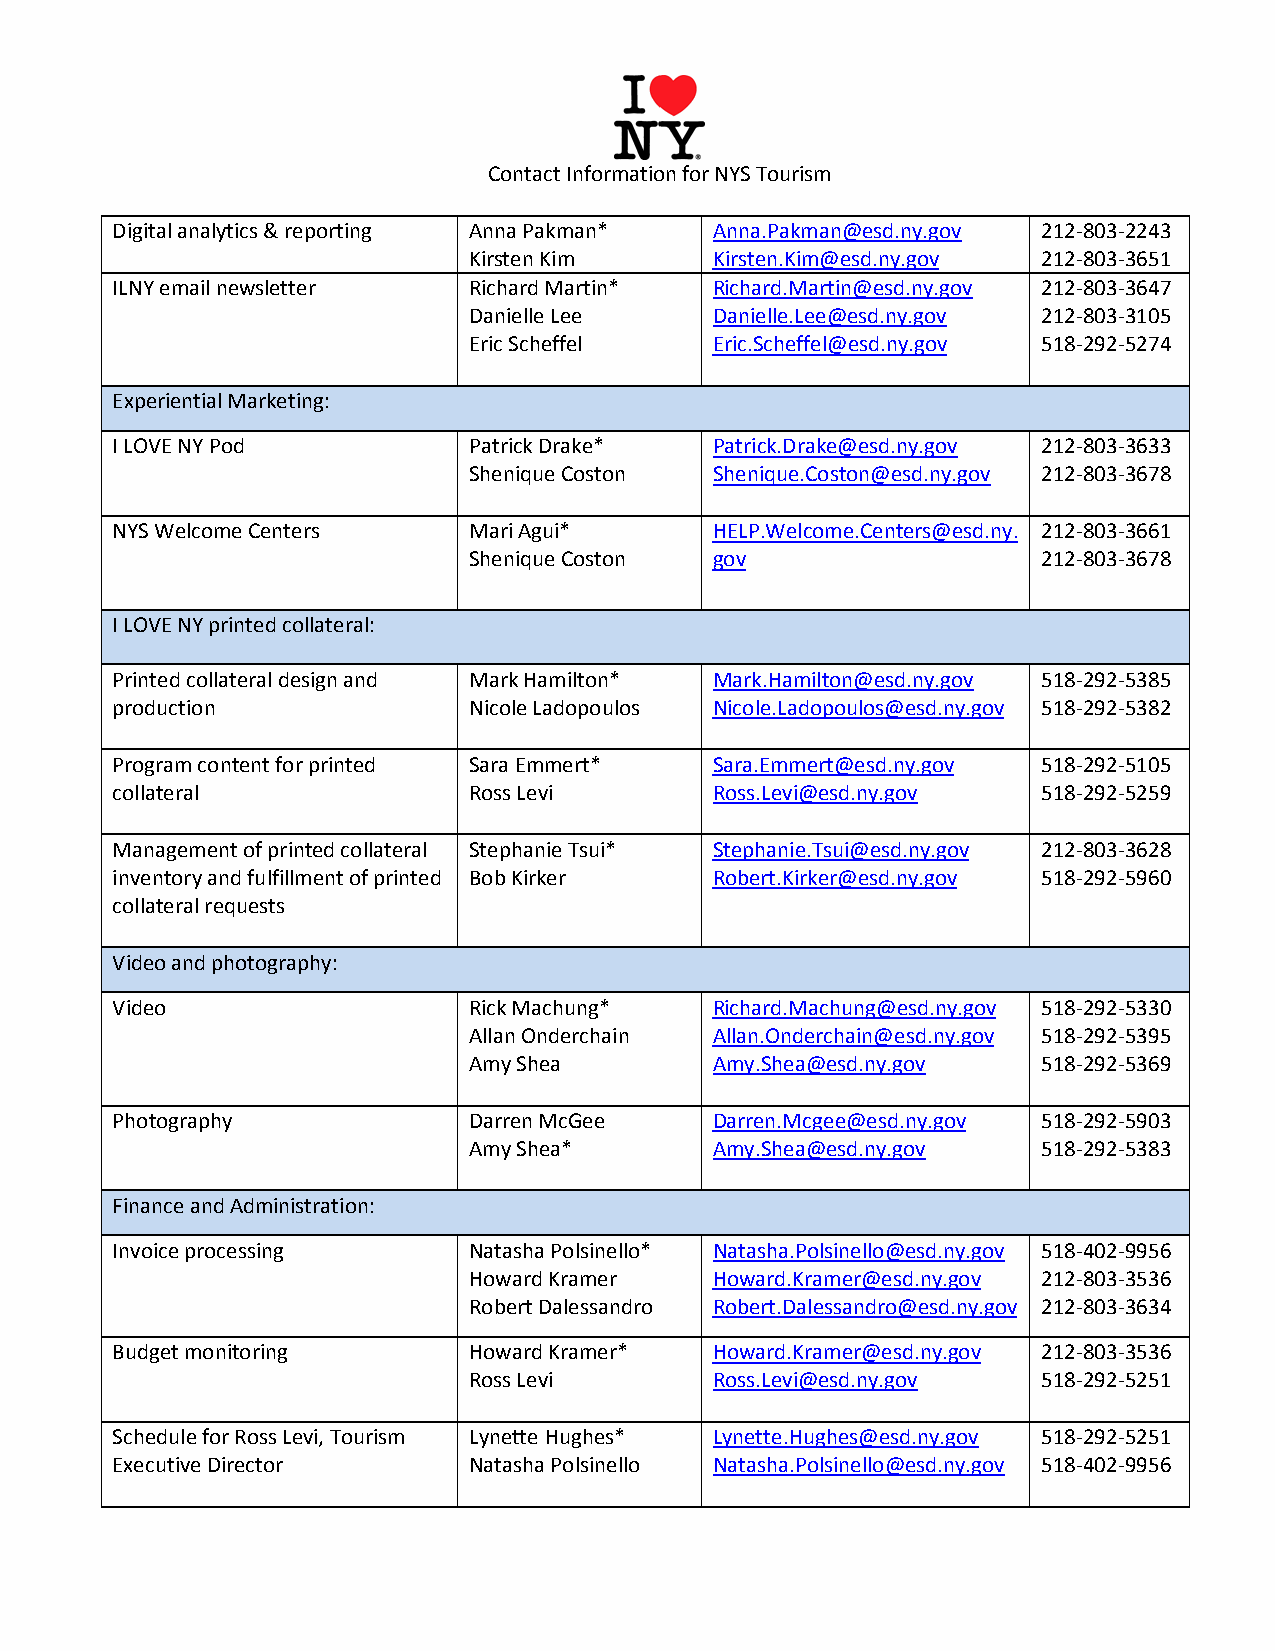
Contact Information for NYS Tourism
 Digital analytics & reporting Anna Pakman* Anna.Pakman@esd.ny.gov 212-803-2243
 Kirsten Kim     Kirsten.Kim@esd.ny.gov 212-803-3651
 ILNY email newsletter   Richard Martin* Richard.Martin@esd.ny.gov 212-803-3647
 Danielle Lee    Danielle.Lee@esd.ny.gov 212-803-3105
 Eric Scheffel   Eric.Scheffel@esd.ny.gov 518-292-5274
 Experiential Marketing:
 I LOVE NY Pod           Patrick Drake*  Patrick.Drake@esd.ny.gov 212-803-3633
 Shenique Coston Shenique.Coston@esd.ny.gov 212-803-3678
 NYS Welcome Centers     Mari Agui*      HELP.Welcome.Centers@esd.ny. 212-803-3661
 Shenique Coston gov                   212-803-3678
 I LOVE NY printed collateral:
 Printed collateral design and Mark Hamilton* Mark.Hamilton@esd.ny.gov 518-292-5385
 production              Nicole Ladopoulos Nicole.Ladopoulos@esd.ny.gov 518-292-5382
 Program content for printed Sara Emmert* Sara.Emmert@esd.ny.gov 518-292-5105
 collateral              Ross Levi       Ross.Levi@esd.ny.gov  518-292-5259
 Management of printed collateral Stephanie Tsui* Stephanie.Tsui@esd.ny.gov 212-803-3628
 inventory and fulfillment of printed Bob Kirker Robert.Kirker@esd.ny.gov 518-292-5960
 collateral requests
 Video and photography:
 Video                   Rick Machung*   Richard.Machung@esd.ny.gov 518-292-5330
 Allan Onderchain Allan.Onderchain@esd.ny.gov 518-292-5395
 Amy Shea        Amy.Shea@esd.ny.gov   518-292-5369
 Photography             Darren McGee    Darren.Mcgee@esd.ny.gov 518-292-5903
 Amy Shea*       Amy.Shea@esd.ny.gov   518-292-5383
 Finance and Administration:
 Invoice processing      Natasha Polsinello* Natasha.Polsinello@esd.ny.gov 518-402-9956
 Howard Kramer   Howard.Kramer@esd.ny.gov 212-803-3536
 Robert Dalessandro Robert.Dalessandro@esd.ny.gov 212-803-3634
 Budget monitoring       Howard Kramer*  Howard.Kramer@esd.ny.gov 212-803-3536
 Ross Levi       Ross.Levi@esd.ny.gov  518-292-5251
 Schedule for Ross Levi, Tourism Lynette Hughes* Lynette.Hughes@esd.ny.gov 518-292-5251
 Executive Director      Natasha Polsinello Natasha.Polsinello@esd.ny.gov 518-402-9956